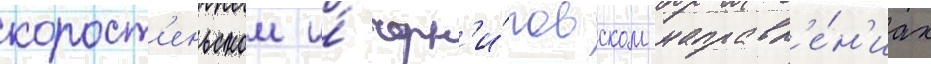
корост'еньском и́ черн'и́говском направл'е́н'иах